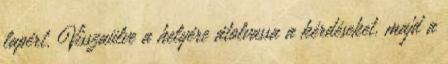
lapért. Visszaülve a helyére átolvassa a kérdéseket, majd a